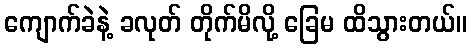
ကျောက်ခဲနဲ့ ခလုတ် တိုက်မိလို့ ခြေမ ထိသွားတယ်။